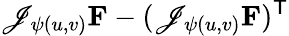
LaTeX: \mathscr{J}_{\psi(u,v)}\mathbf{{F}}-(\mathscr{J}_{\psi(u,v)}\mathbf{{F}})^{\mathsf{{T}}}